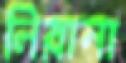
লিরানা